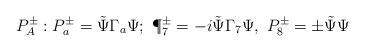
LaTeX: \begin{align*}P^\pm_A:P^\pm_a =\tilde\Psi\Gamma_a\Psi;\ \P^\pm_7=-i\tilde\Psi\Gamma_7\Psi,\ P^\pm_8=\pm\tilde\Psi\Psi\end{align*}